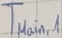
Text: TMain,1